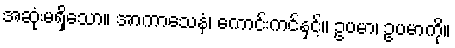
အဆုံးမရှိသော။ အာကာသေနံ၊ ကောင်းကင်နှင့်။ ဥပမာ၊ ဥပမာကို။